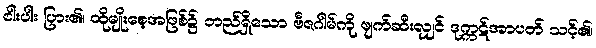
ငါးပါး ပြား၏၊ ထိုမျိုးစေ့အဖြစ်၌ တည်ရှိသော ဗီဇဂါမ်ကို ဖျက်ဆီးလျှင် ဒုက္ကဋ်အာပတ် သင့်၏၊